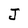
Character: J